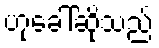
ဟုခေါ်ဆိုသည်